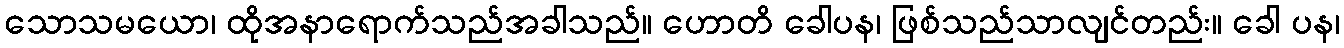
သောသမယော၊ ထိုအနာရောက်သည်အခါသည်။ ဟောတိ ခေါပန၊ ဖြစ်သည်သာလျင်တည်း။ ခေါ ပန၊